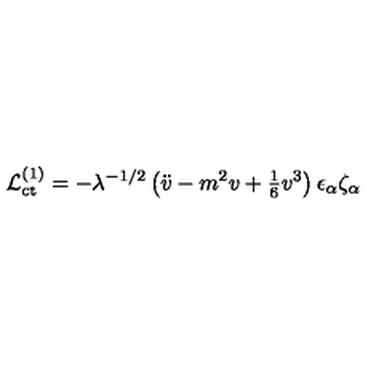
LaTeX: { \cal L } _ { \mathrm { c t } } ^ { ( 1 ) } = - \lambda ^ { - 1 / 2 } \left( \ddot { v } - m ^ { 2 } v + { \textstyle { \frac { 1 } { 6 } } } v ^ { 3 } \right) \epsilon _ { \alpha } \zeta _ { \alpha }